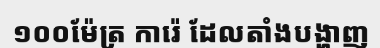
១០០ម៉ែត្រ ការ៉េ ដែលតាំងបង្ហាញ